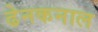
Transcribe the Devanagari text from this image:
ढेनकनाल